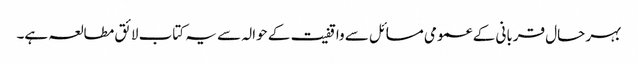
بہر حال قربانی کے عمومی مسائل سے واقفیت کے حوالہ سے یہ کتاب لائق مطالعہ ہے۔